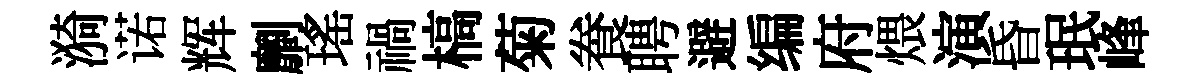
漪诺辉劘瑤禍槁菊飬聘避编府煨演昏珉峰